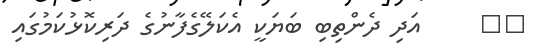
٧٧     އަދި ދެންތިބި ބަޔަކީ އެކަލޭގެފާނުގެ ދަރިކޮޅުކަމުގައި